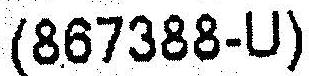
(867388-U)